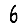
Digit: 6